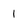
Character: 1